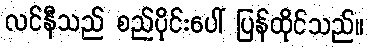
လင်နီသည် စည်ပိုင်းပေါ် ပြန်ထိုင်သည်။